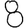
Digit: 8